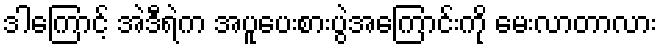
ဒါကြောင့် အဲဒီရဲက အပူပေးစားပွဲအကြောင်းကို မေးလာတာလား